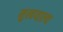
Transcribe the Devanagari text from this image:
मुखयाल्य